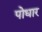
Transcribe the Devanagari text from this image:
पोधार